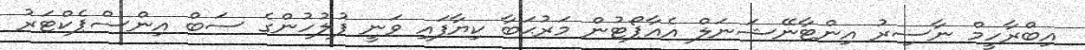
އިބްރާހީމް ނާސިރު އިންޓާނޭޝަނަލް އެއާޕޯޓުން މަރުޙަބާ ކިޔާފައި ވަނީ ފުލުހުންގެ ސަބް އިންސްޕެކްޓަރު